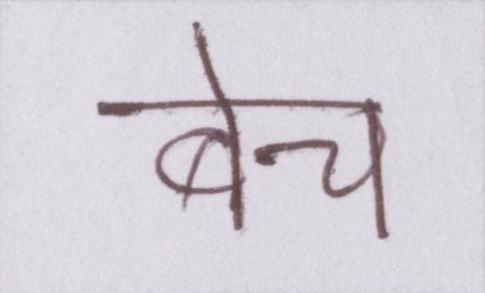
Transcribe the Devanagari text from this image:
बेच